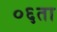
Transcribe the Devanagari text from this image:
०६ता